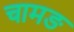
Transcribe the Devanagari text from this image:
चामङ